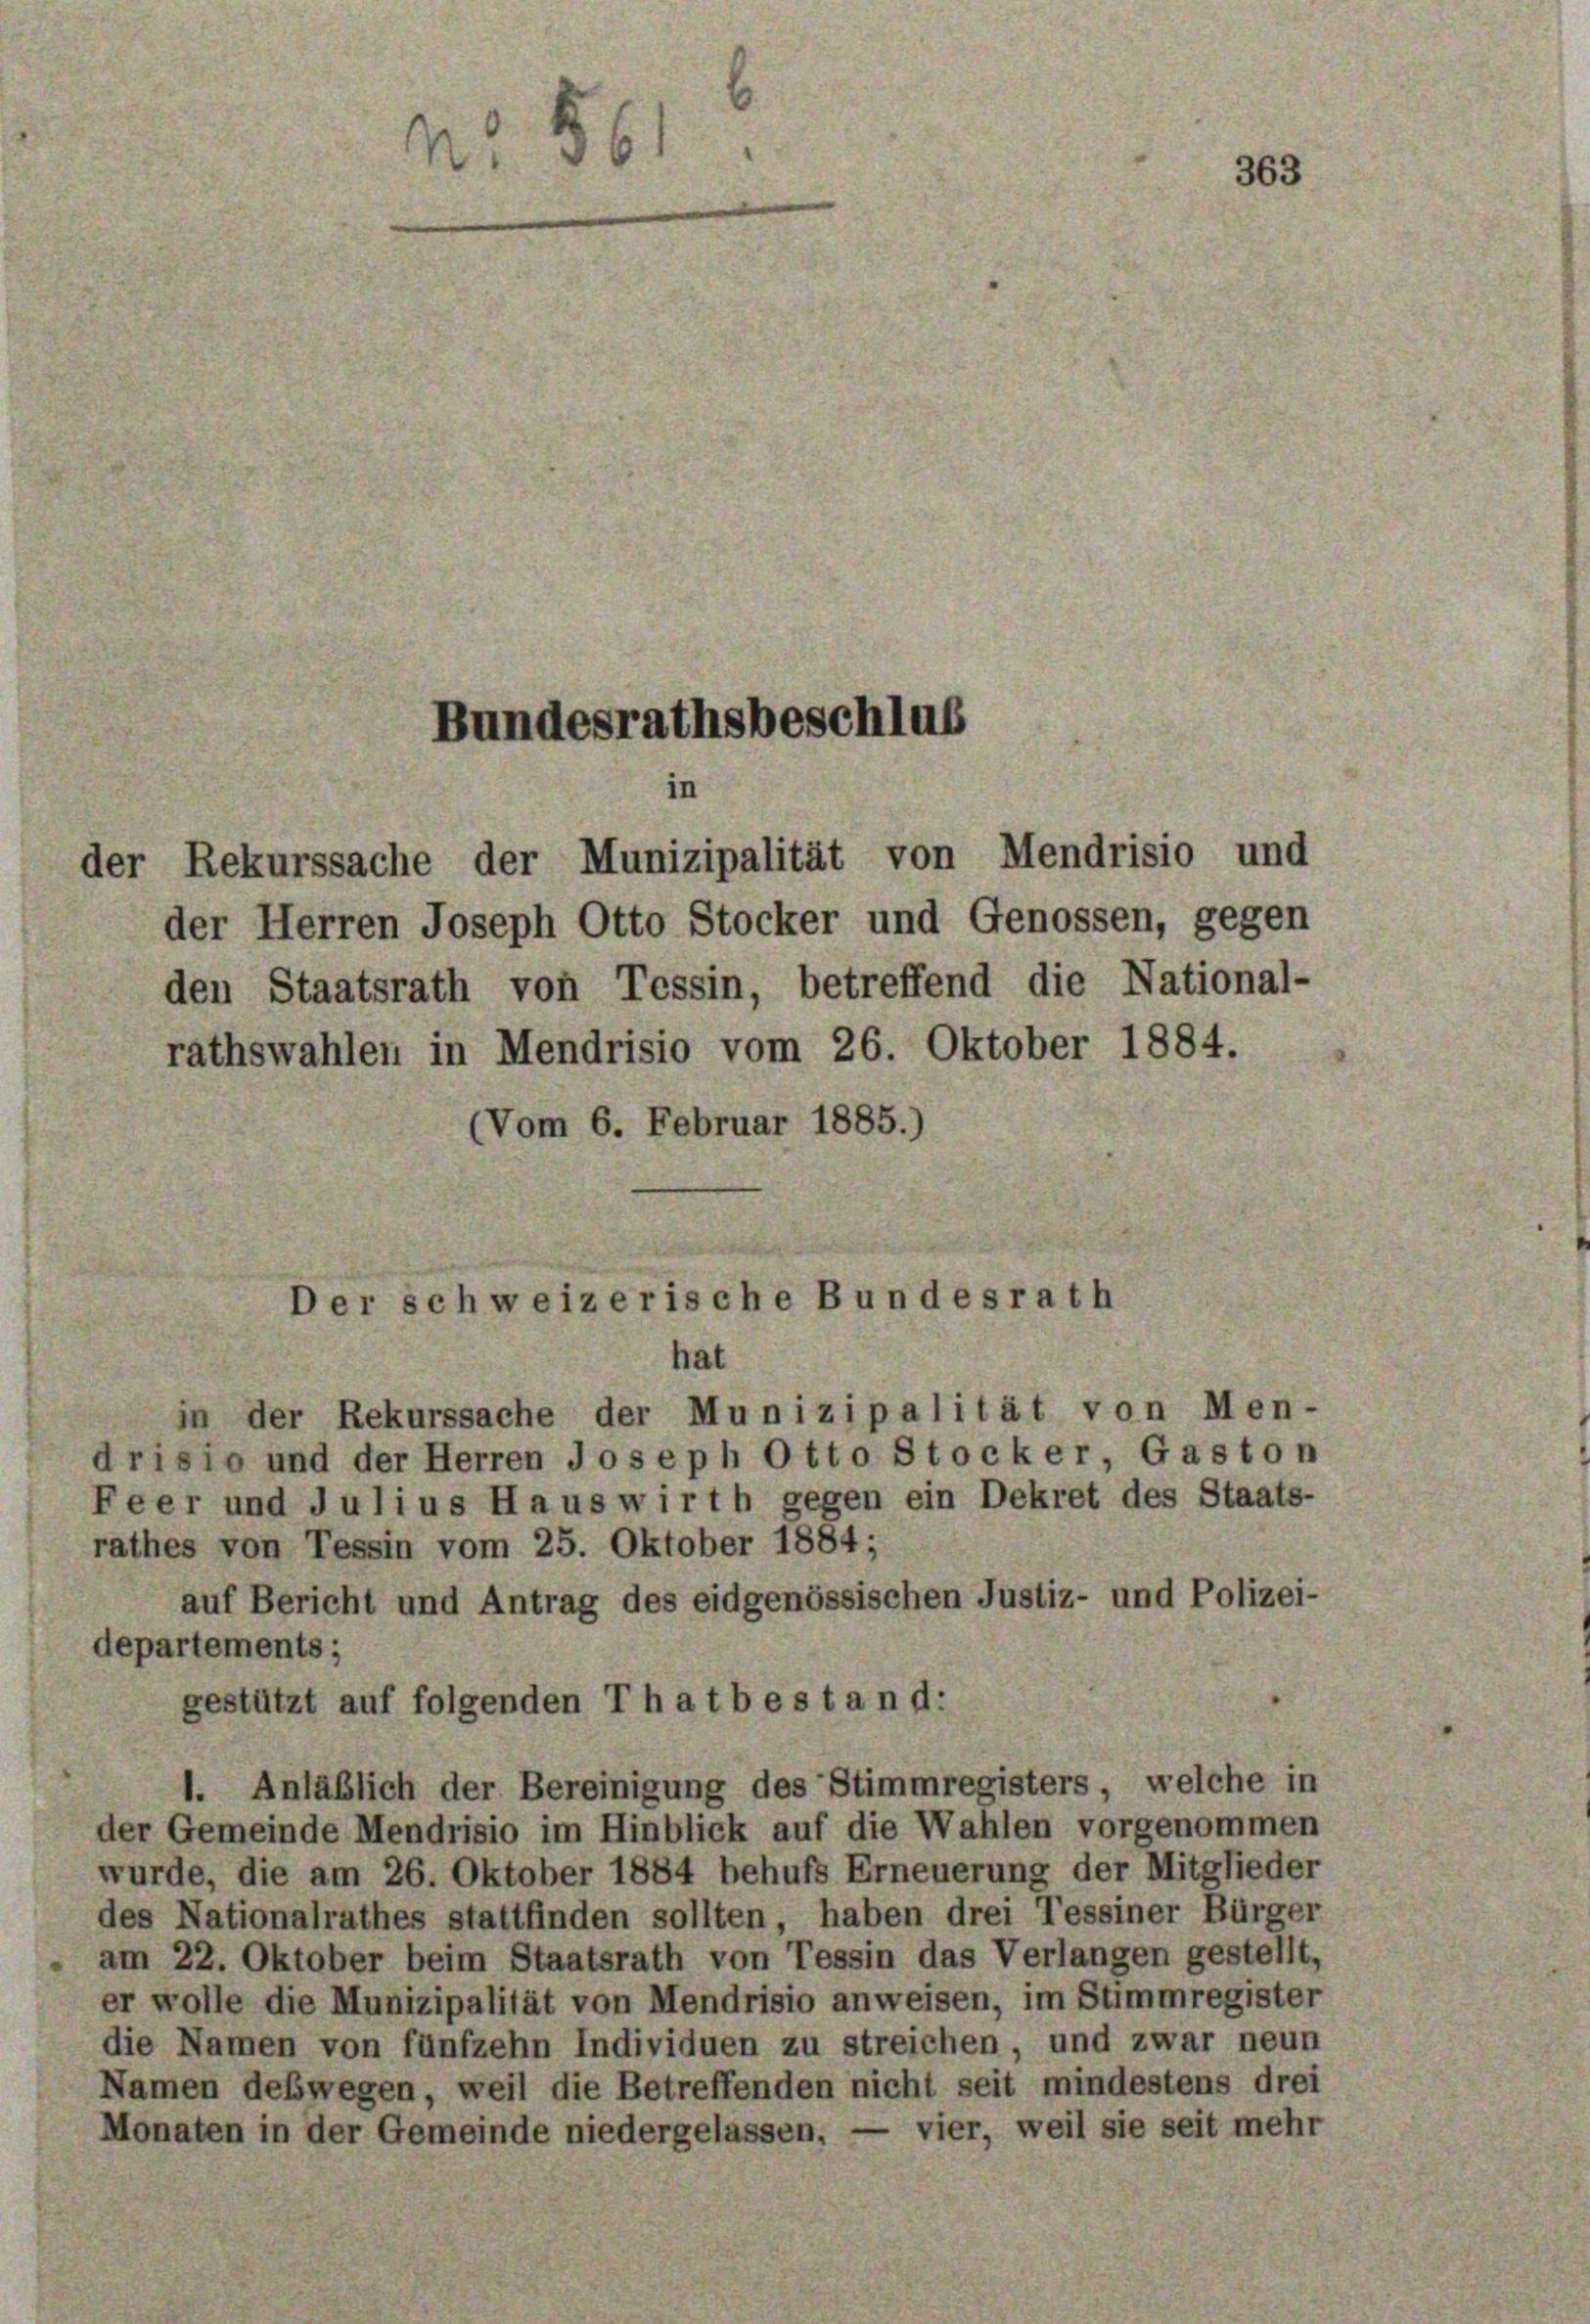
Bundesrathsbeschlus
der Rekurssache der Munizipalität von Mendrisio und
der Herren Joseph Otto Stocker und Genossen, gegen

den Staatsrath von Tessin, betreffend die National-
rathswahlen in Mendrisio vom 26. Oktober 1884.
(Vom 6. Februar 1885.)

N 56

Der schweizerische Bundesrath
hat

363

in der Rekurssache der Munizipalität von Men-
drisio und der Herren Joseph Otto Stocker, Gaston
Feer und Julius Hauswirth gegen ein Dekret des Staats-
rathes von Tessin vom 25. Oktober 1884;
auf Bericht und Antrag des eidgenössischen Justiz- und Polizei-
departements;
gestützt auf folgenden Thatbestand:
1. Anläßlich der Bereinigung des Stimmregisters, welche in
der Gemeinde Mendrisio im Hinblick auf die Wahlen vorgenommen
wurde, die am 26. Oktober 1884 behufs Erneuerung der Mitglieder
des Nationalrathes stattfinden sollten, haben drei Tessiner Bürger
am 22. Oktober beim Staatsrath von Tessin das Verlangen gestellt,
er wolle die Munizipalität von Mendrisio anweisen, im Stimmregister
die Namen von fünfzehn Individuen zu streichen, und zwar neun
Namen deswegen, weil die Betreffenden nicht seit mindestens drei
Monaten in der Gemeinde niedergelassen, — vier, weil sie seit mehr